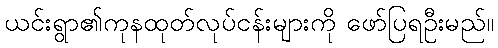
ယင်းရွာ၏ကုနထုတ်လုပ်ငန်းများကို ဖော်ပြရဦးမည်။